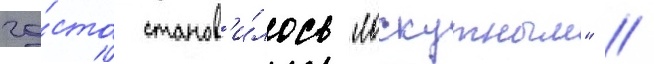
ча́сто станов'и́лось "лоскутным" //